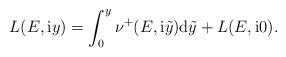
LaTeX: \begin{align*}L(E,\mathrm{i}y)=\int_{0}^{y} \nu^{+}(E,\mathrm{i}\tilde{y}) \mathrm{d}\tilde{y}+L(E,\mathrm{i}0).\end{align*}